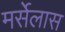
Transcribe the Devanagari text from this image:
मर्सेलास